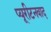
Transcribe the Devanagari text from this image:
प्यूरीटनवाद